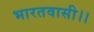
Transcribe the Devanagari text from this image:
भारतवासी।।